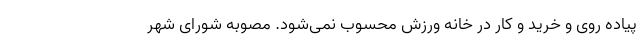
پیاده روی و خرید و کار در خانه ورزش محسوب نمی‌شود. مصوبه شورای شهر